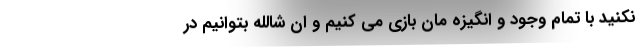
نکنید با تمام وجود و انگیزه مان بازی می کنیم و ان شالله بتوانیم در